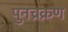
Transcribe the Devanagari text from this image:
पुनच्रक्रण